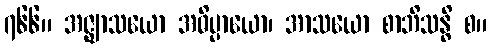
၇၆၆။ အဇ္ဈာသယော အဓိပ္ပာယော၊ အာသယော စာဘိသန္ဓိ စ။